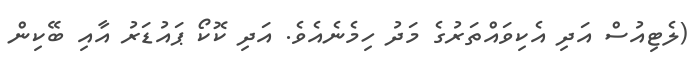
(ލެޓިއުސް އަދި އެކިވައްތަރުގެ މަދު ހިމެނެއެވެ. އަދި ކޮކޯ ޕައުޑަރު އާއި ބޭކިން